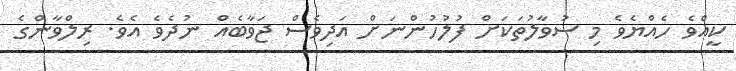
ކީއްވެ ހެއްޔެވެ މި ސުވާލުތަކަށް ފުލުހުންނަށް އަދިވެސް ޖަވާބެއް ނުދެވެ އެވެ. ރިލްވާންގެ